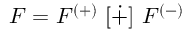
{ \cal F } = { \cal F } ^ { ( + ) } \ [ \dot { + } ] \ { \cal F } ^ { ( - ) }